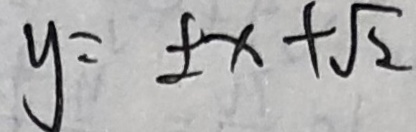
y = \pm x + \sqrt { 2 }